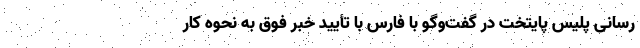
رسانی پلیس پایتخت در گفت‌وگو با فارس با تأیید خبر فوق به نحوه کار